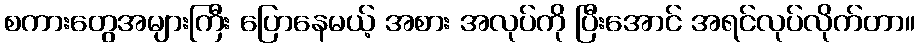
စကားတွေအများကြီး ပြောနေမယ့် အစား အလုပ်ကို ပြီးအောင် အရင်လုပ်လိုက်တာ။